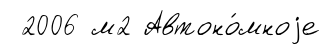
2006 м2 Автоно́мноjе